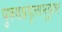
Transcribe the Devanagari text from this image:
पुरुषप्रवृत्यनुकूल